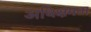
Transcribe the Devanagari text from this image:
अधिक्षमता